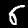
Label: 6